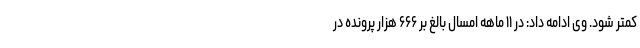
کمتر شود. وی ادامه داد: در ۱۱ ماهه امسال بالغ بر ۶۶۶ هزار پرونده در